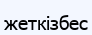
жеткізбес